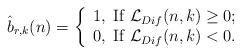
LaTeX: \begin{align*}\hat b_{r,k} (n)= \left\{ \begin{array}{l} 1, \;{\rm If \;} \mathcal{L}_{Dif}(n,k) \geq 0; \\ 0, \;{\rm If \;} \mathcal{L}_{Dif}(n,k) < 0.\end{array} \right.\end{align*}